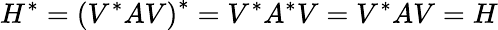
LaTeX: H^{*}=\left(V^{*}AV\right)^{*}=V^{*}A^{*}V=V^{*}AV=H